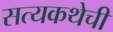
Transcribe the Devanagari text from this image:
सत्यकथेची